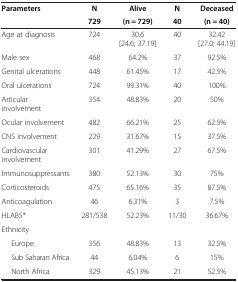
| Parameters | N | Alive | N | Deceased |
 |  | 729 | (n = 729) | 40 | (n = 40) |
 | --- | --- | --- | --- | --- |
 | Age at diagnosis | 724 | 30.6 [24.6; 37.19] | 40 | 32.42 [27.0; 44.19] |
 | Male sex | 468 | 64.2% | 37 | 92.5% |
 | Genital ulcerations | 448 | 61.45% | 17 | 42.5% |
 | Oral ulcerations | 724 | 99.31% | 40 | 100% |
 | Articular involvement | 354 | 48.83% | 20 | 50% |
 | Ocular involvement | 482 | 66.21% | 25 | 62.5% |
 | CNS involvement | 229 | 31.67% | 15 | 37.5% |
 | Cardiovascular involvement | 301 | 41.29% | 27 | 67.5% |
 | Immunosuppressants | 380 | 52.13% | 30 | 75% |
 | Corticosteroids | 475 | 65.16% | 35 | 87.5% |
 | Anticoagulation | 46 | 6.31% | 3 | 7.5% |
 | HLAB5* | 281/538 | 52.23% | 11/30 | 36.67% |
 | Ethnicity |  |  |  |  |
 | Europe | 356 | 48.83% | 13 | 32.5% |
 | Sub Saharan Africa | 44 | 6.04% | 6 | 15% |
 | North Africa | 329 | 45.13% | 21 | 52.5% |